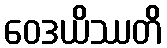
ဝေဒယိဿတိ